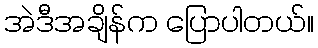
အဲဒီအချိန်က ပြောပါတယ်။